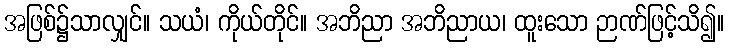
အဖြစ်၌သာလျှင်။ သယံ၊ ကိုယ်တိုင်။ အဘိညာ အဘိညာယ၊ ထူးသော ဉာဏ်ဖြင့်သိ၍။